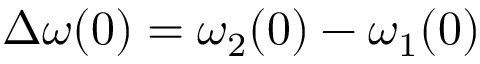
\Delta \omega ( 0 ) = \omega _ { 2 } ( 0 ) - \omega _ { 1 } ( 0 )